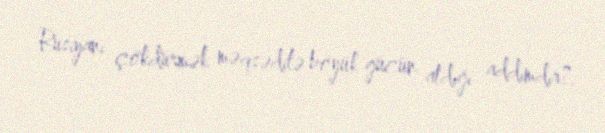
Rusiyanı çökdürmək məqsədilə böyük gücün atdığı addımdır?.